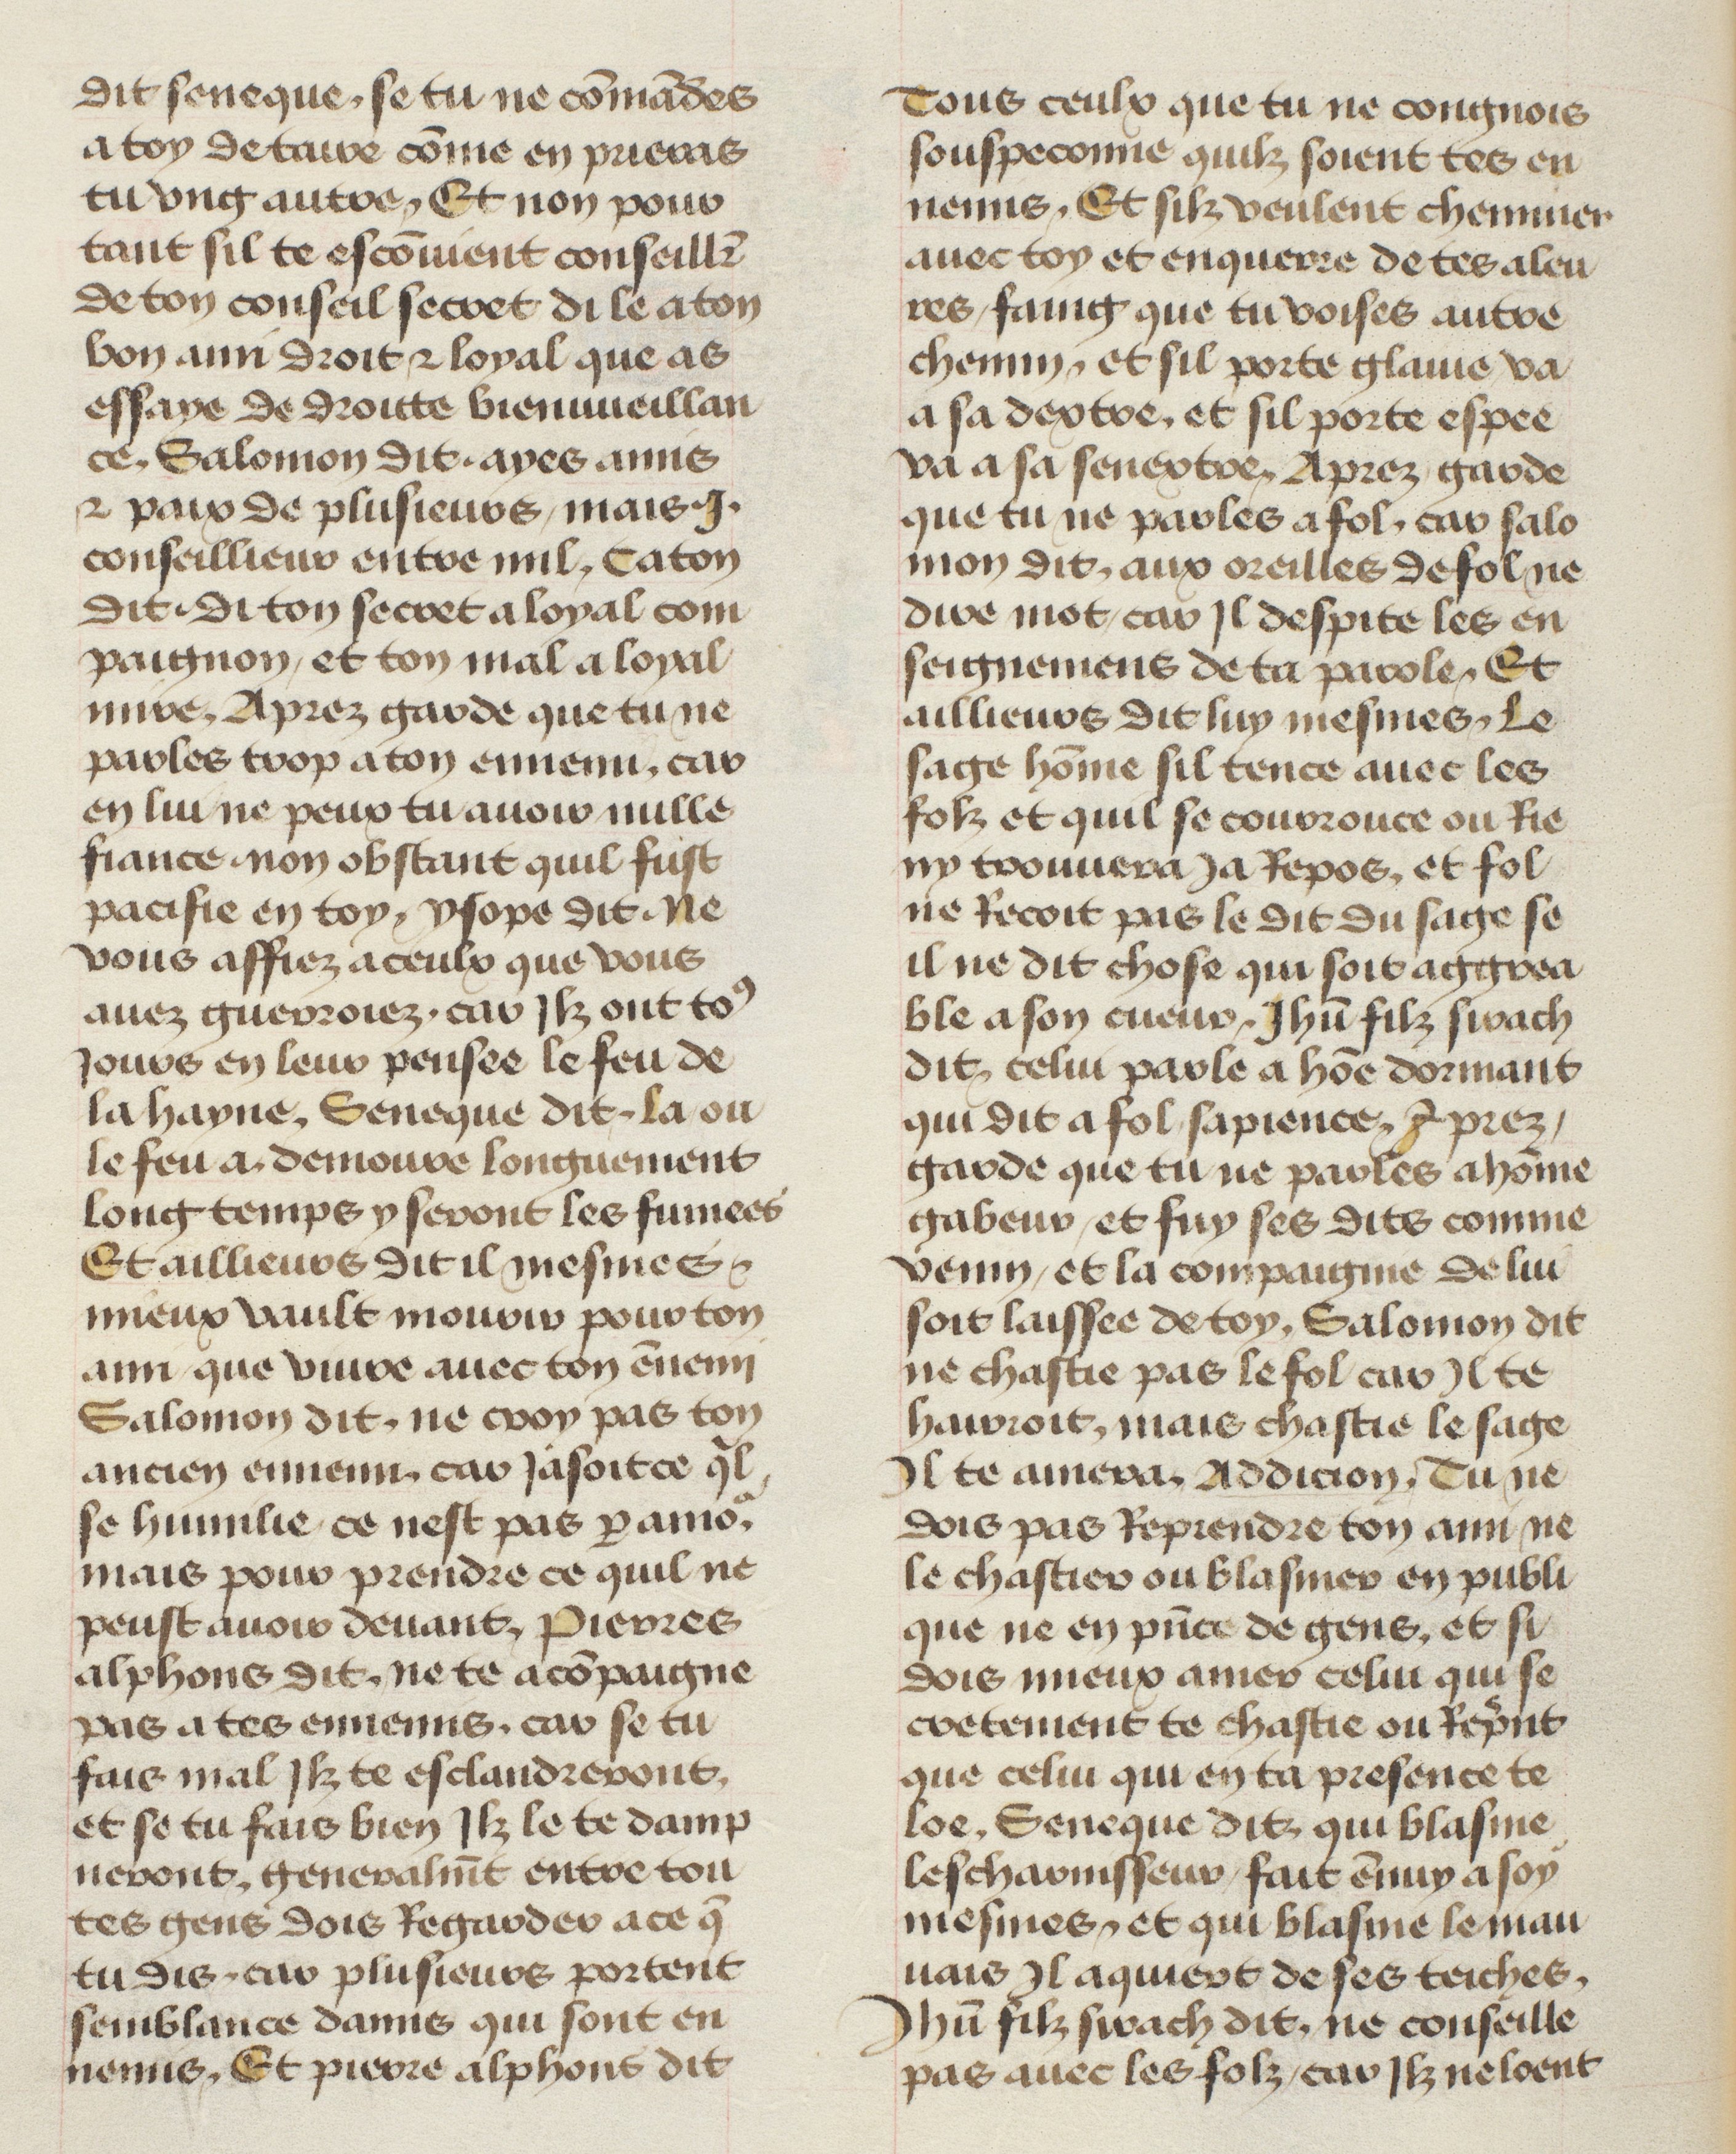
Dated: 1435–1495